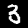
Digit: 3